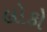
લોકો